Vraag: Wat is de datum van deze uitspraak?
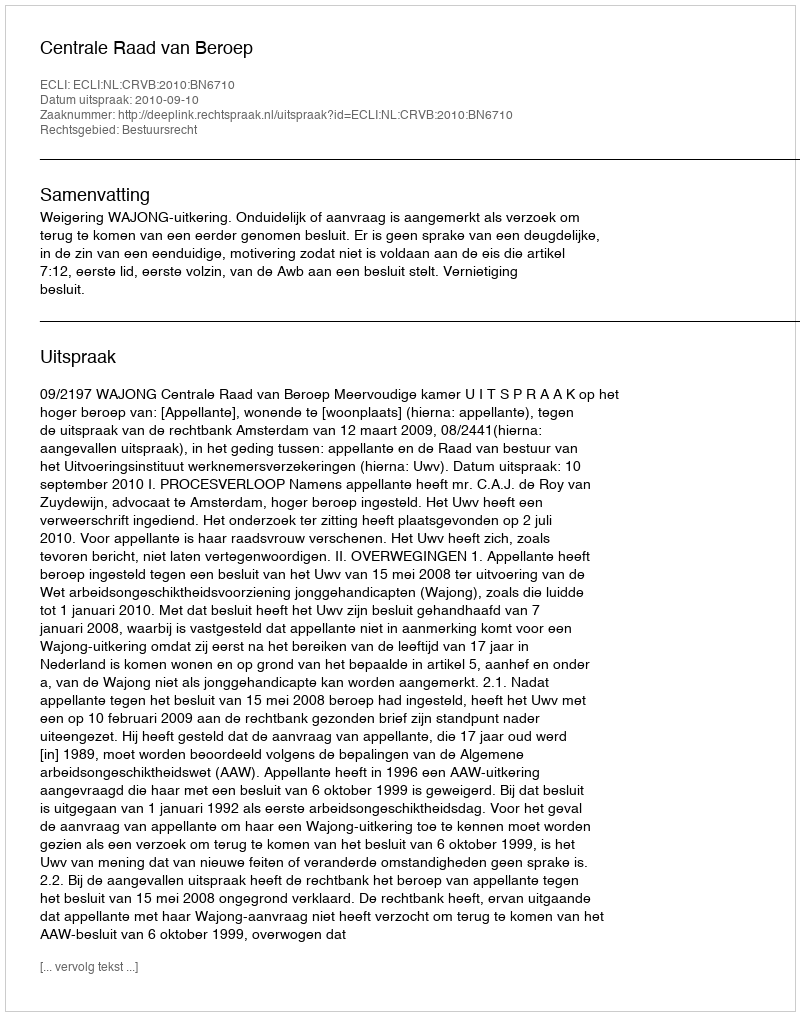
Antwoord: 2010-09-10